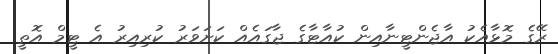
ރޭގެ މޮޅާއެކު އާޖެންޓީނާއިން ކުއާޓާގެ ޖާގައެއް ކަށަވަރު ކުރިއިރު އެ ޓީމް އޮތީ